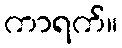
ကာရက်။